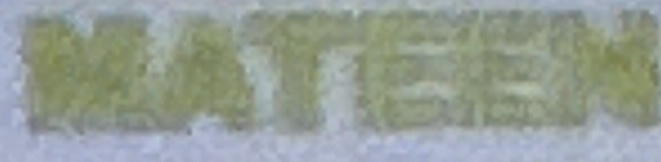
MATEEN